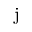
\mathrm { j }